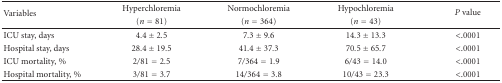
| Variables | Hyperchloremia (n = 81) | Normochloremia(n = 364) | Hypochloremia(n = 43) | P value |
 | --- | --- | --- | --- | --- |
 | ICU stay, days | 4.4 ± 2.5 | 7.3 ± 9.6 | 14.3 ± 13.3 | <.0001 |
 | Hospital stay, days | 28.4 ± 19.5 | 41.4 ± 37.3 | 70.5 ± 65.7 | <.0001 |
 | ICU mortality, % | 2/81 = 2.5 | 7/364 = 1.9 | 6/43 = 14.0 | <.0001 |
 | Hospital mortality, % | 3/81 = 3.7 | 14/364 = 3.8 | 10/43 = 23.3 | <.0001 |